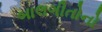
બાલગીતોનો